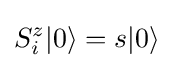
S_{i}^{z}|0\rangle =s|0\rangle